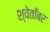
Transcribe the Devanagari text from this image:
श्वेताँबर